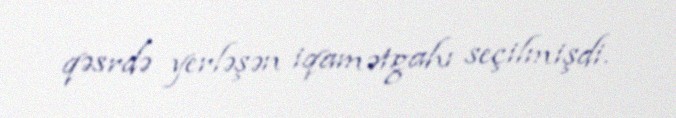
qəsrdə yerləşən iqamətgahı seçilmişdi.